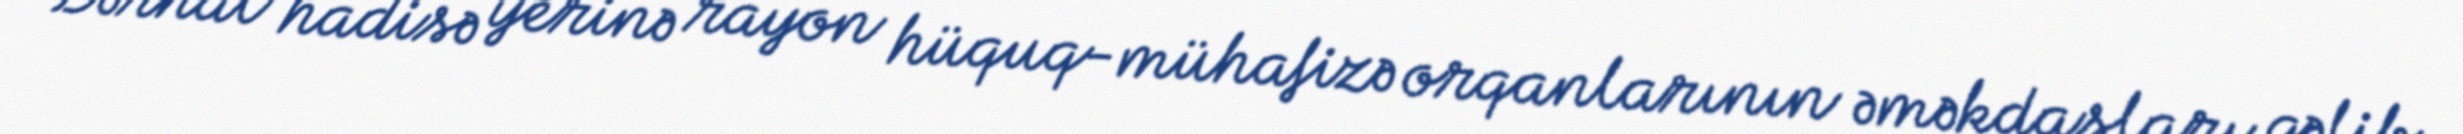
Dərhal hadisə yerinə rayon hüquq-mühafizə orqanlarının əməkdaşları gəlib